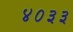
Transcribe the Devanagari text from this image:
४०३३